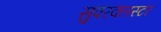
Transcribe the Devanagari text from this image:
सुपरक्‍लस्टर